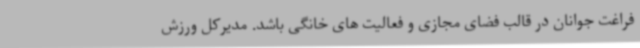
فراغت جوانان در قالب فضای مجازی و فعالیت های خانگی باشد. مدیرکل ورزش